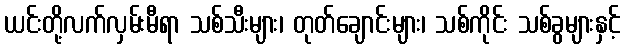
ယင်းတို့လက်လှမ်းမီရာ သစ်သီးများ၊ တုတ်ချောင်းများ၊ သစ်ကိုင်း သစ်ခွများနှင့်